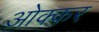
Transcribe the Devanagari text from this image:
ओक्कर